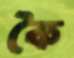
কৈ